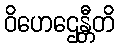
ဝိဟေဌေန္တီတိ